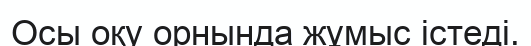
Осы оқу орнында жұмыс істеді.